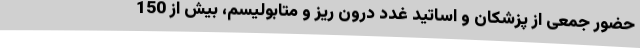
حضور جمعی از پزشکان و اساتید غدد درون ریز و متابولیسم، بیش از 150